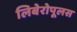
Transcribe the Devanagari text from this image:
लिबेरोपूलस